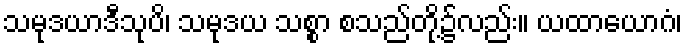
သမုဒယာဒီသုပိ၊ သမုဒယ သစ္စာ စသည်တို့၌လည်း။ ယထာယောဂံ၊